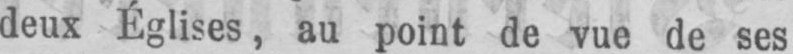
deux Églises, au point de vue de ses